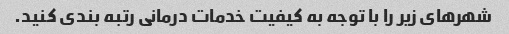
شهرهای زیر را با توجه به کیفیت خدمات درمانی رتبه بندی کنید.